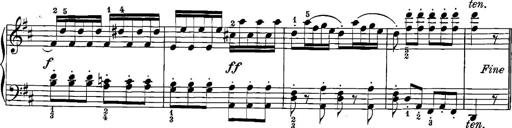
Title: 12 Sonatinas
Composer: Ignaz Pleyel